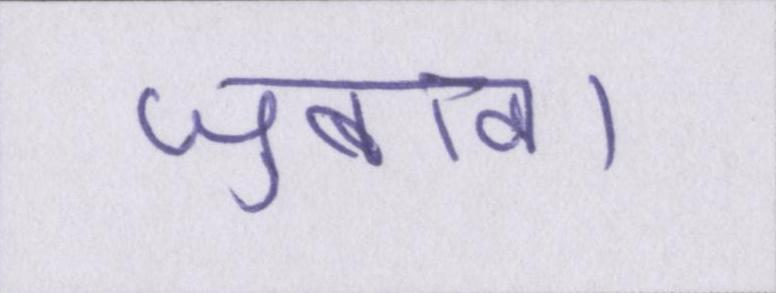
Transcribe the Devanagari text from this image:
जुबान।